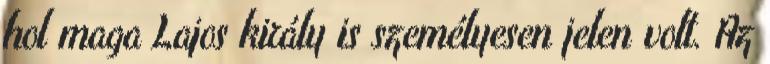
hol maga Lajos király is személyesen jelen volt. Az